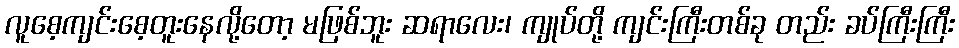
လူစေ့ကျင်းစေ့တူးနေလို့တော့ မဖြစ်ဘူး ဆရာလေး၊ ကျုပ်တို့ ကျင်းကြီးတစ်ခု တည်း ခပ်ကြီးကြီး